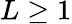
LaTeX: L\ge 1